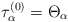
\begin{align*}\tau_\alpha^{(0)} = \Theta_\alpha\end{align*}